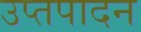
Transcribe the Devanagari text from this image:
उप्तपादन